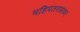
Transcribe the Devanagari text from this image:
महिपतगडावर